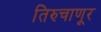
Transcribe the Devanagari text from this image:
तिरुचाणूर